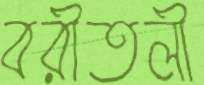
বরীতলী